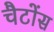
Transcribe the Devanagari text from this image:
चैटोंस